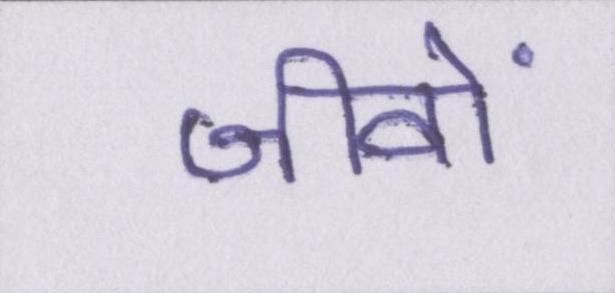
जीवों